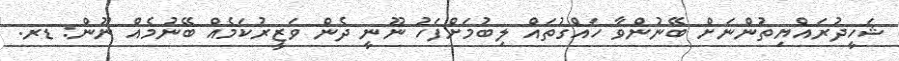
ޝަހީދުރައްޔިތުންނަށް ބޭނުންވާ ހައްގުތައް ލިބުމަށްފަހު ނޫނީ ދެން ވަޒީރުކަމެއް ބޭނުމެއް ނޫން: ޑރ.